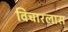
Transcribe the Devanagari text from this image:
विचारलास